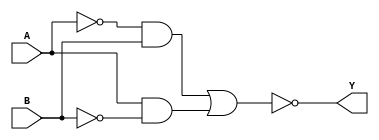
module xor_gate (
    input A,
    input B,
    output Y
);

wire Aneg, Bneg;

assign Aneg = ~A;
assign Bneg = ~B;

assign Y = ~(Aneg & B | A & Bneg);

endmodule